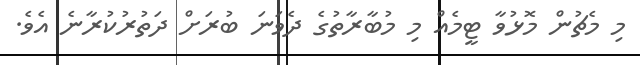
މި މެޗުން މޮޅުވާ ޓީމެއް މި މުބާރާތުގެ ދެވަނަ ބުރަށް ދަތުރުކުރާނެ އެވެ.